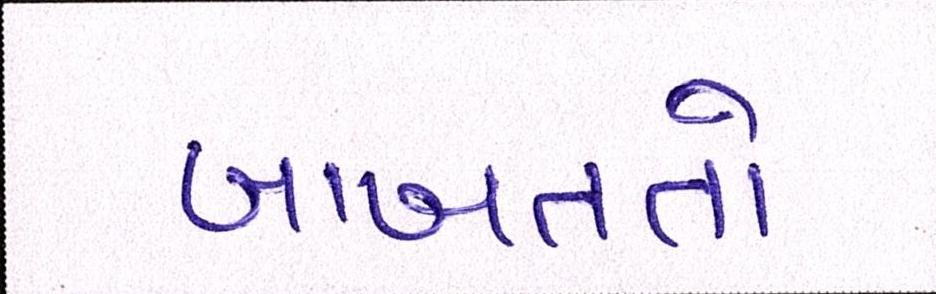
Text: બાબતતો